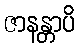
ဇာနန္တာပိ